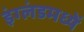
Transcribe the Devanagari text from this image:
इंग्लंडमध्यें